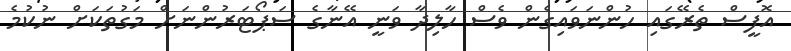
އޮފީސް ތެރޭގައި ހުންނަވައިގެން ވެސް ހާލިދާ ވަނީ އޭނާގެ ސަޕޯޓަރުންނަށް މަގުތަކަށް ނުކުމެ